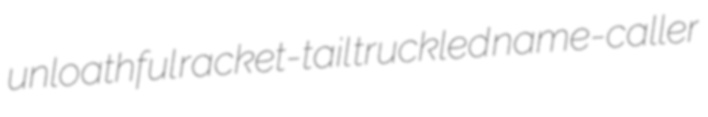
unloathful racket-tail truckled name-caller